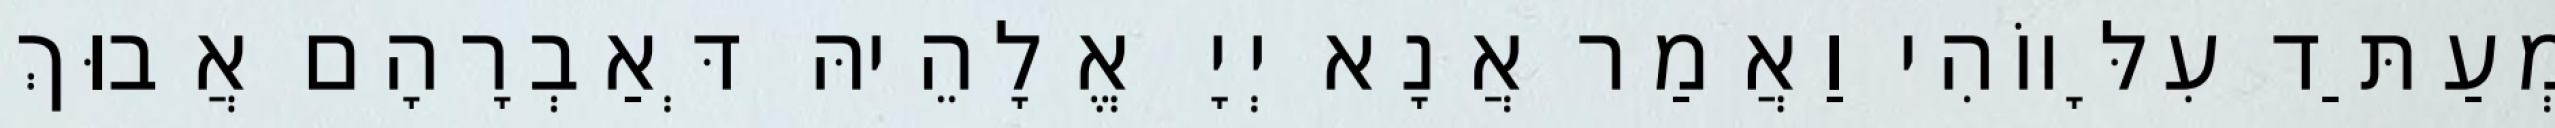
מְעַתַּד עִלָּווֹהִי וַאֲמַר אֲנָא יְיָ אֱלָהֵיהּ דְּאַבְרָהָם אֲבוּךְ